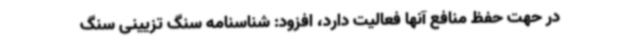
در حهت حفظ منافع آنها فعالیت دارد، افزود: شناسنامه سنگ تزیینی سنگ